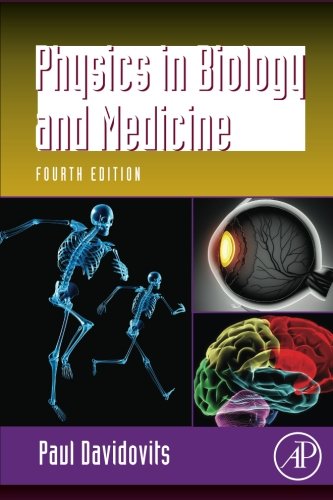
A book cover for Physics in Biology and Medicine, Fourth Edition (Complementary Science); Paul Davidovits; Science & Math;